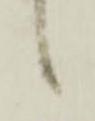
候